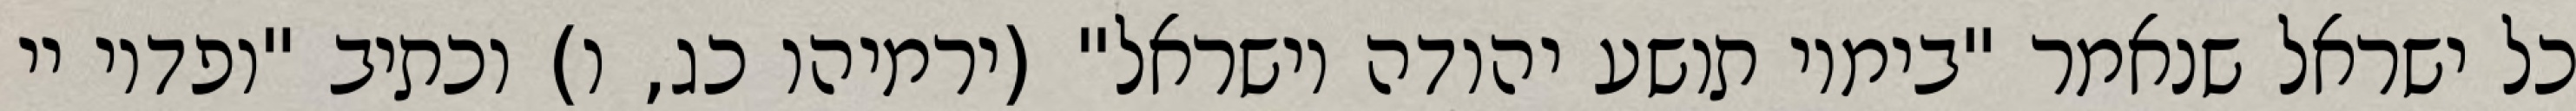
כל ישראל שנאמר "בימיו תושע יהודה וישראל" (ירמיהו כג, ו) וכתיב "ופדוי יי